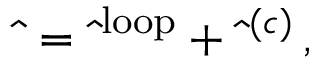
\hat { \bf \Pi } = \hat { \bf \Pi } ^ { \mathrm { \scriptsize { l o o p } } } + \hat { \bf \Pi } ^ { ( c ) } \, ,